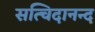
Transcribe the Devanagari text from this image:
सत्चिदानन्द